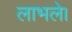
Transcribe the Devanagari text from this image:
लाभले।